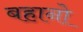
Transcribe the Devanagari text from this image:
बहानो